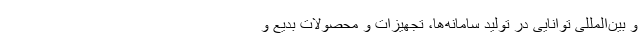
و بین‌المللی توانایی در تولید سامانه­ها، تجهیزات و محصولات بدیع و